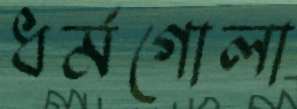
ধর্মগোলা